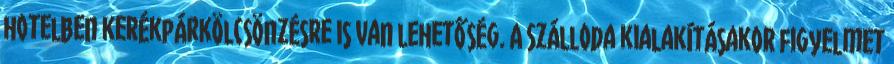
hotelben kerékpárkölcsönzésre is van lehetőség. A szálloda kialakításakor figyelmet